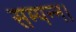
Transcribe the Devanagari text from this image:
सम्पन्न।